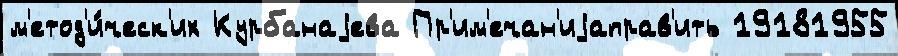
м'етод'и́ческ'их Курбанаjева Пр'им'ечан'иjаправ'ить 19181955